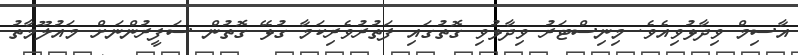
އާސިމް ވިދާޅުވިއެވެ. މިނިސްޓަރު ވިދާޅުވި ގޮތުގައި ފަތުރުވެރިކަމާ ގުޅޭ ގޮތުން ސަފީރުންނަށް މައުލޫމާތު